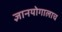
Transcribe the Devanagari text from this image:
ज्ञानयोगालाच